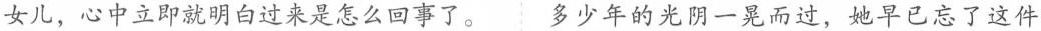
女儿，心中立即就明白过来是怎么回事了。多少年的光阴一晃而过，她早已忘了这件